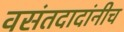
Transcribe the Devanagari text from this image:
वसंतदादांनीच